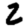
Digit: 2